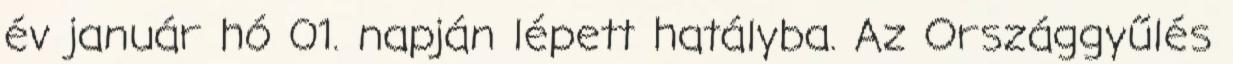
év január hó 01. napján lépett hatályba. Az Országgyűlés